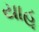
યાહૂ